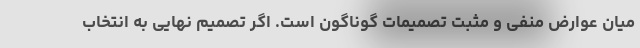
میان عوارض منفی و مثبت تصمیمات گوناگون است. اگر تصمیم نهایی به انتخاب